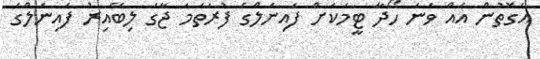
އެގޮތުން އެއް ވަނަ ހޯދާ ޓީމަކަށް ފައިނަލްގެ ފުރަތަމަ ޖާގަ ލިބޭއިރު ފައިނަލްގެ